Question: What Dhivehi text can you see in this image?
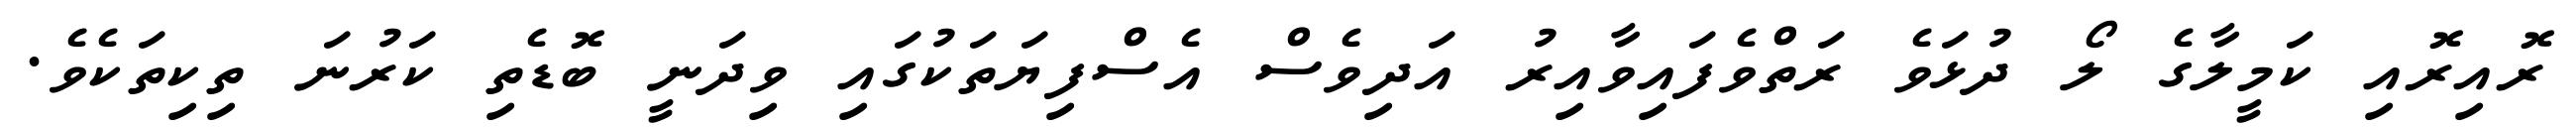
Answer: ރޮއިރޮއި ކަމީލާގެ ލޯ ދުޅަވެ ރަތްވެފައިވާއިރު އަދިވެސް އެސްފިޔަތަކުގައި ވިދަނީ ބޮޑެތި ކަރުނަ ތިކިތަކެވެ.